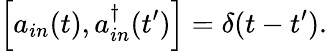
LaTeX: \left[a_{in}(t),a_{in}^{\dagger}(t^{\prime})\right]=\delta(t-t^{\prime}).